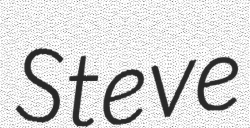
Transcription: Steve